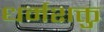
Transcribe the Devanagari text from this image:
धर्मशक्तु